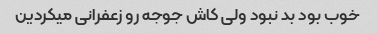
خوب بود بد نبود ولی کاش جوجه رو زعفرانی میکردین